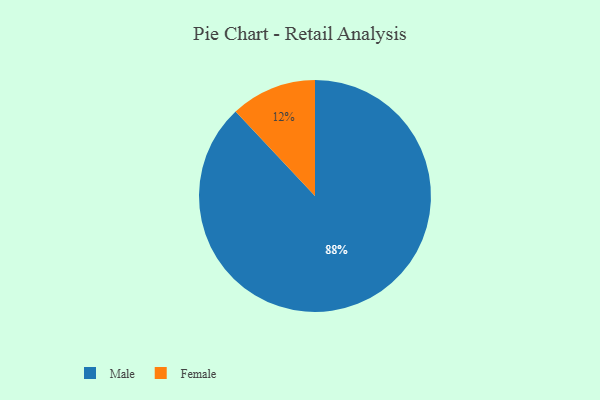
{"axis": {"x": "Category", "y": "Percentage"}, "legend": ["Female", "Male"], "data": [{"x": "Female", "y": 12, "type": "Female"}, {"x": "Male", "y": 88, "type": "Male"}]}